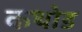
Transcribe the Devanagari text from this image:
कथोड